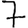
Digit: 7